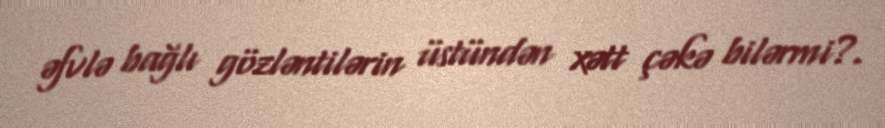
əfvlə bağlı gözləntilərin üstündən xətt çəkə bilərmi?.